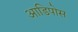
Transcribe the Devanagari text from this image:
आडिपोस